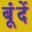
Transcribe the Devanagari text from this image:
बूंंदें